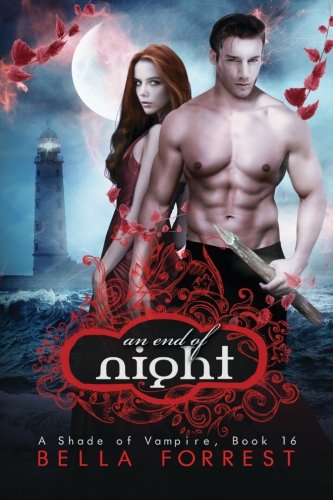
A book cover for A Shade of Vampire 16: An End of Night; Bella Forrest; Romance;